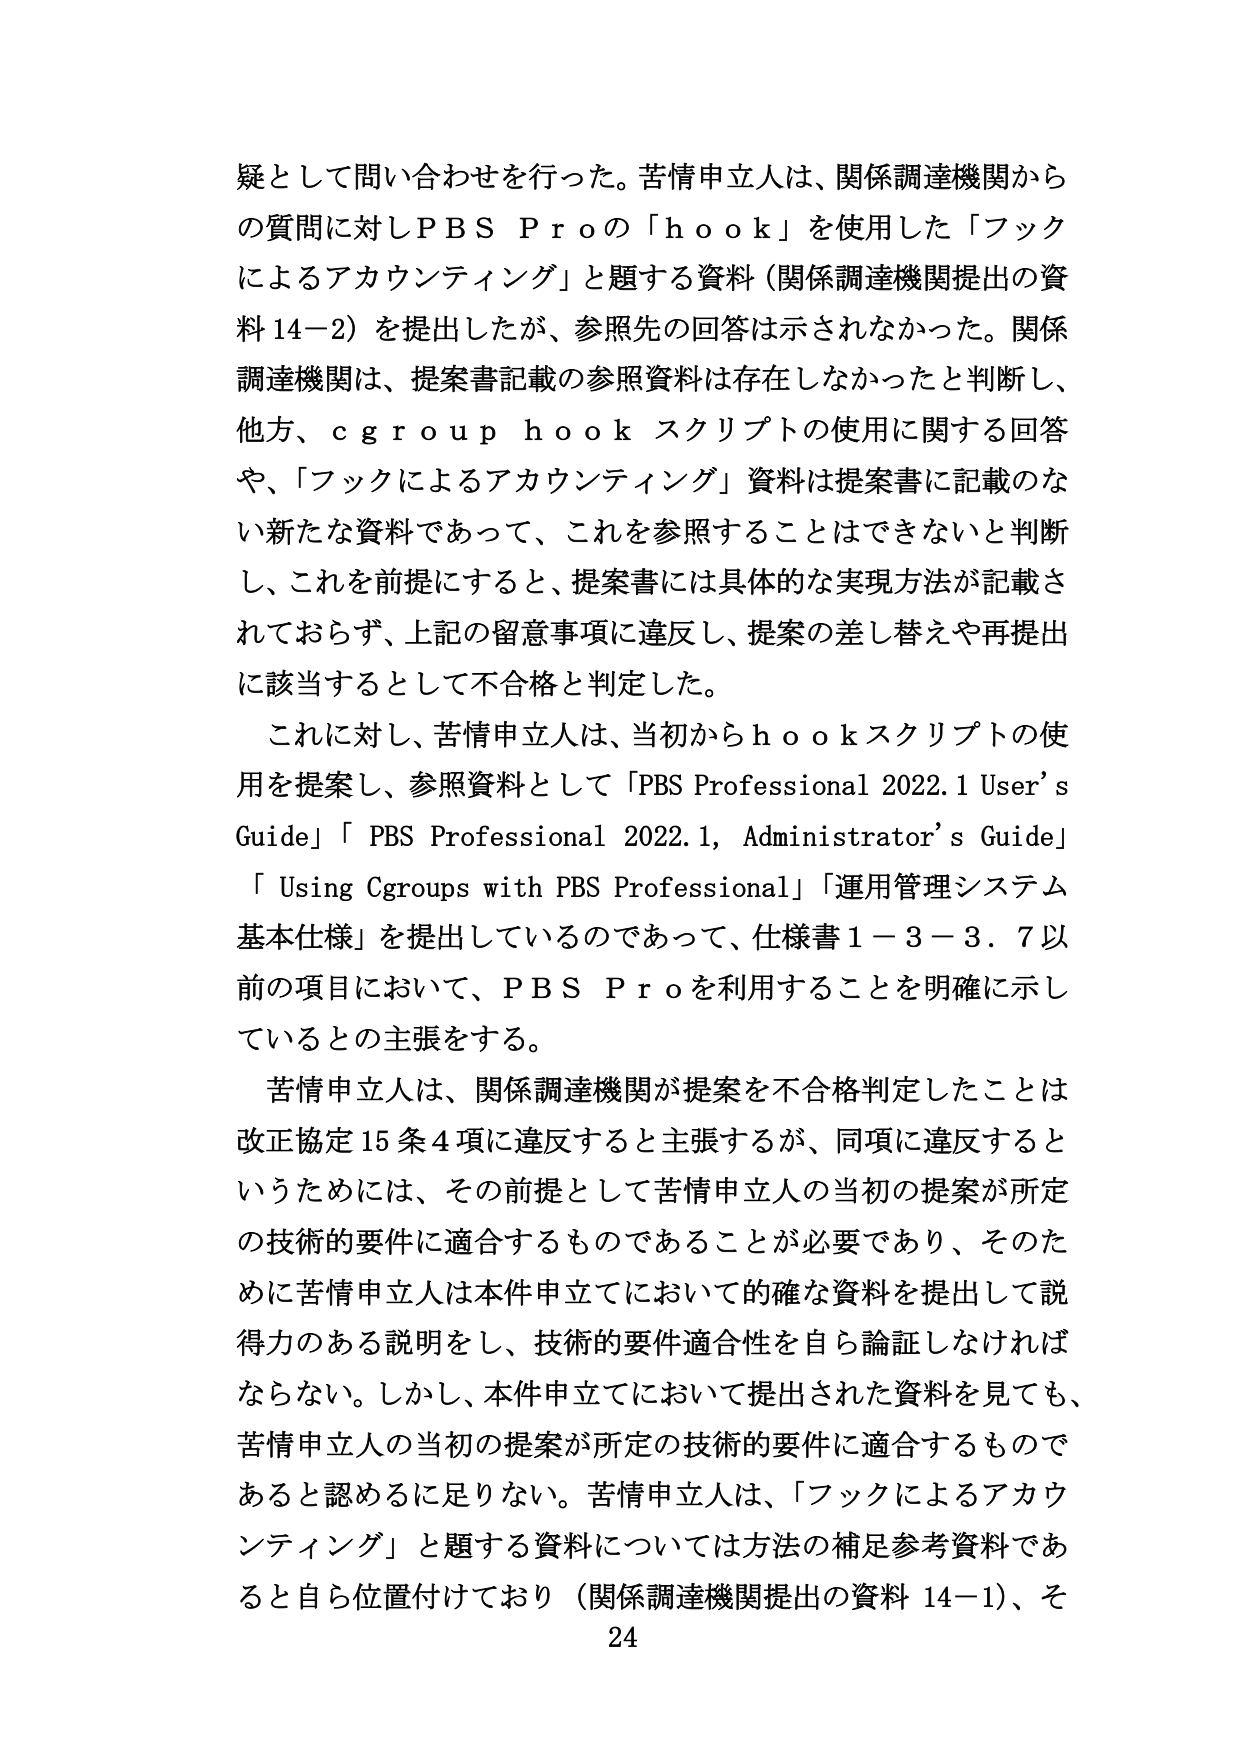
疑として問い合わせを行った。苦情申立人は、関係調達機関からの質問に対しPBS Proの「hook」を使用した「フックによるアカウンティング」と題する資料（関係調達機関提出の資料14-2）を提出したが、参照先の回答は示されなかった。関係調達機関は、提案書記載の参照資料は存在しなかったと判断し、他方、cgroup hook スクリプトの使用に関する回答や、「フックによるアカウンティング」資料は提案書に記載のない新たな資料であって、これを参照することはできないと判断し、これを前提にすると、提案書には具体的な実現方法が記載されておらず、上記の留意事項に違反し、提案の差し替えや再提出に該当するとして不合格と判定した。

これに対し、苦情申立人は、当初からhookスクリプトの使用を提案し、参照資料として「PBS Professional 2022.1 User’s Guide」「PBS Professional 2022.1, Administrator’s Guide」「Using Cgroups with PBS Professional」「運用管理システム基本仕様」を提出しているのであって、仕様書1－3－3．7以前の項目において、PBS Proを利用することを明確に示しているとの主張をする。

苦情申立人は、関係調達機関が提案を不合格判定したことは改正協定15条4項に違反すると主張するが、同項に違反するというためには、その前提として苦情申立人の当初の提案が所定の技術的要件に適合するものであることが必要であり、そのために苦情申立人は本件申立において的確な資料を提出して説得力のある説明をし、技術的要件適合性を自ら論証しなければならない。しかし、本件申立において提出された資料を見ても、苦情申立人の当初の提案が所定の技術的要件に適合するものであると認めるに足りない。苦情申立人は、「フックによるアカウンティング」と題する資料については方法の補足参考資料であると自ら位置付けており（関係調達機関提出の資料14-1）、そ

24